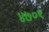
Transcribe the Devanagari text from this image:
४७०९